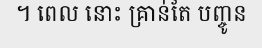
។ ពេល នោះ គ្រាន់តែ បញ្ចូន